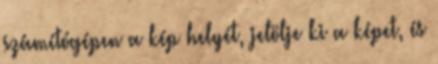
számítógépen a kép helyét, jelölje ki a képet, és